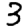
Digit: 3